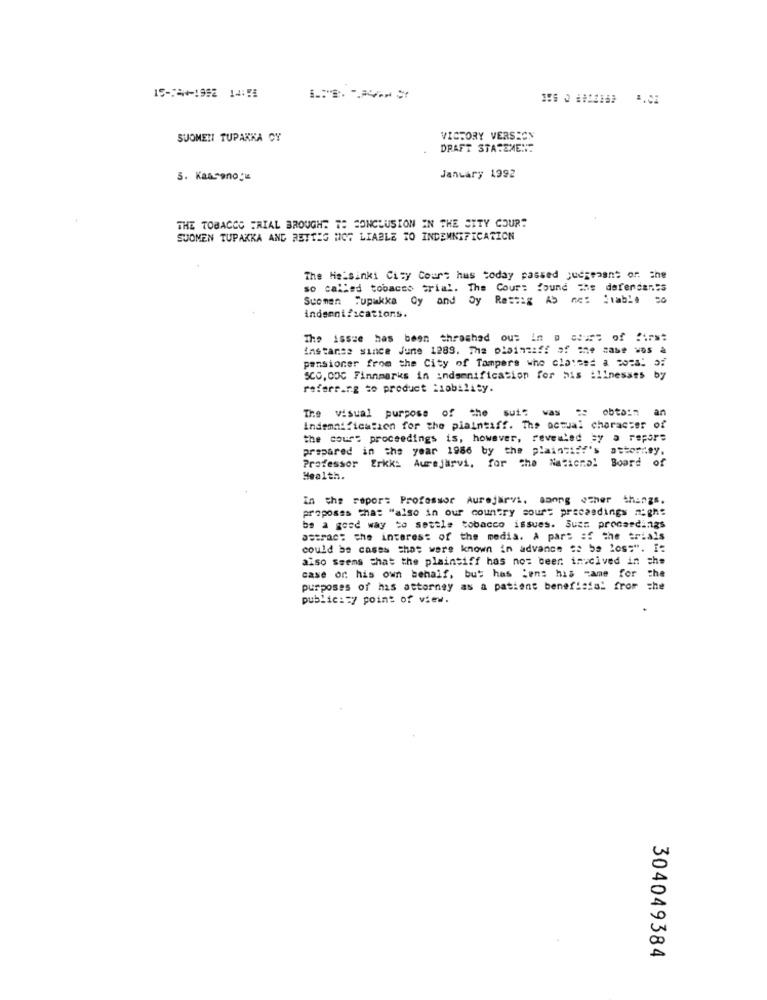
15-24-1992 14:58
SUOMEN TUPAKKA CY
VICTORY VERSION
DRAFT STATEMENT
3. Kaasono:"
January 1992
THE TOBACCO TRIAL BROUGHT TO CONCLUSION IN THE CITY COUR?
SUOMEN TUPAKKA AND RETTIG NOT LIABLE TO INDEMNIFICATION
The Helsinki City Court hus today passed judgement or. The
so called tobacco trial. The Cour: found #hs defendants
Suomen Tupakka Oy and Dy Rest: Ab ne: : table =o
indsenifications.
The issue has been thrashad out in @ === of first
instanss since June 1289. The plaintiff of the case wos à
pensioner from the City of Tampers who claimed a 3028: 5
SCO, ODC Finnmarks in :ndsenification for his illnesses by
referring to product liability.
The visual purpose of the suit was :: obtain a
indemnification for the plaintiff. The actual character of
the court proceedings is, however, revealed by a repore
prepared in the year 1986 by the plaintiff's attorney.
Professor Erkki Aurejarvi, for the National Board of
Health.
in the report Professor Aurejärvi, among other things.
proposes that "also in our country sours precasdings mighs
be a good way to settle tobacco issues. Suts procardings
astrac: the interest of the media. A part of the trials
could be cases that were known in advance to be los:". I=
also ssems that the plaintiff has not been imicived in che
case or his own behalf, but has "ens his name for the
purposes of has attorney as a patient beneficial from the
public == 7 point of view.
304049384